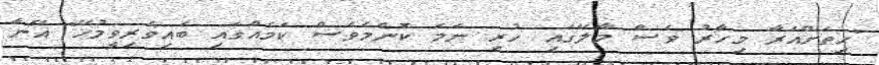
"ހިތަށްއަރާ މިހާރު ވެސް މާލޭގައި ހުރި ނަމަ ކޮންމެވެސް ކަމެއްގައި ބައިވެރިވީމުހޭ" އޭނާ